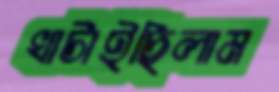
খাটাইছিলাম